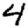
Digit: 4